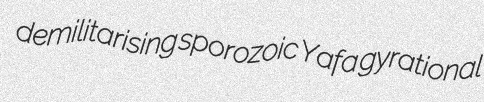
demilitarising sporozoic Yafa gyrational